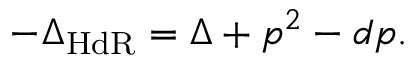
- \Delta _ { \mathrm { H d R } } = \Delta + p ^ { 2 } - d p .